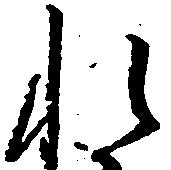
れ